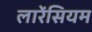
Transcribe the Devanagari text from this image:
लारेंसियम